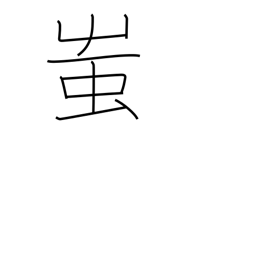
Meaning: fool